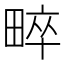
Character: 𤲠